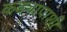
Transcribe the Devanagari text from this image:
कड्यापाशी